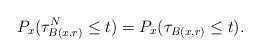
LaTeX: \begin{align*}P_{x}(\tau_{B(x,r)}^N \le t)=P_{x}(\tau_{B(x,r)} \le t).\end{align*}